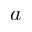
a